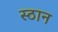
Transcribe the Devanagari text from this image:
स्ठान